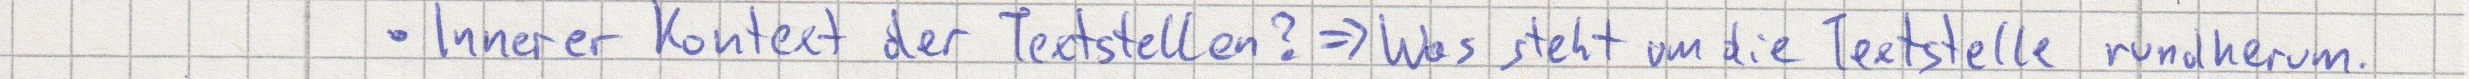
Innerer Kontext der Textstellen? => Was steht um die Textstelle rundherum.